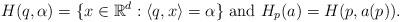
LaTeX: \begin{align*}H(q,\alpha)=\{x\in{\mathbb R}^d:\langle q,x\rangle=\alpha\}\mbox{ and }H_p(a)=H(p,a(p)).\end{align*}